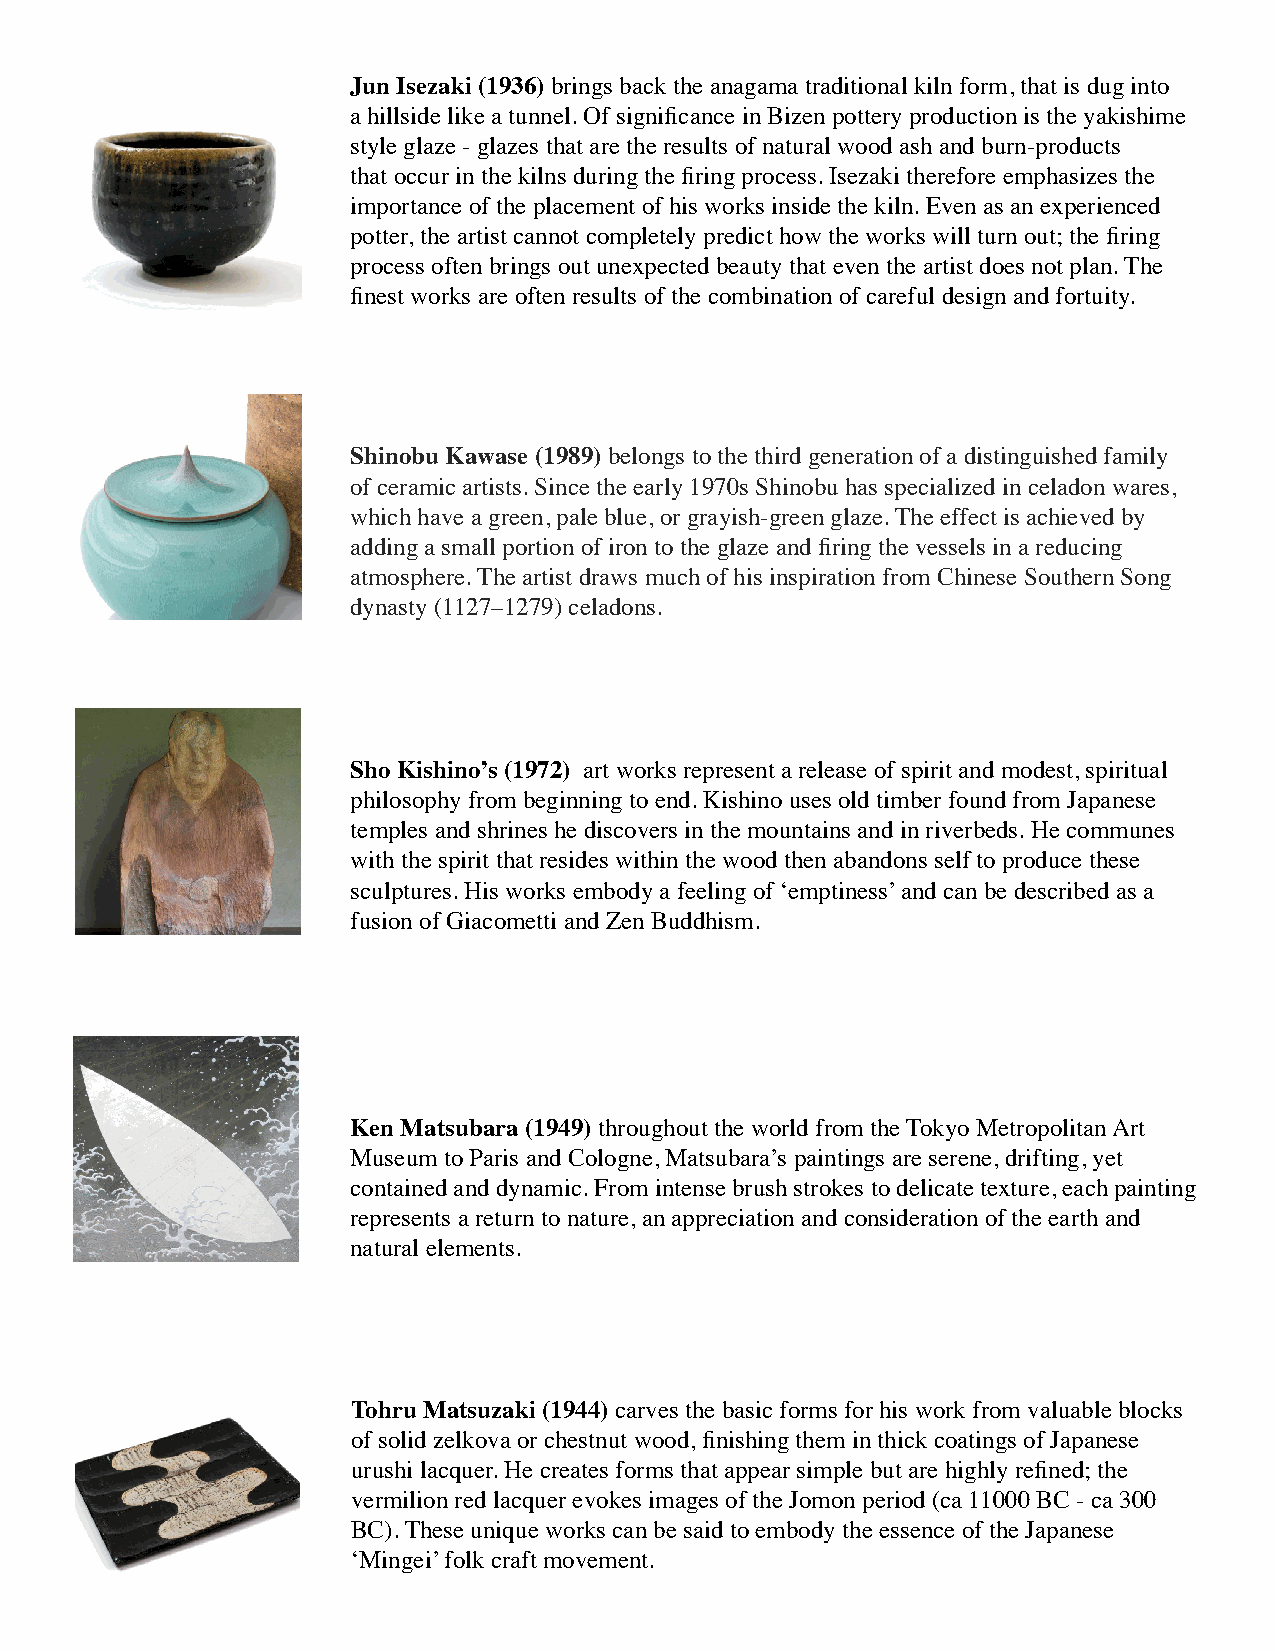
Jun Isezaki (1936) brings back the anagama traditional kiln form, that is dug into
 a hillside like a tunnel. Of significance in Bizen pottery production is the yakishime
 style glaze - glazes that are the results of natural wood ash and burn-products
 that occur in the kilns during the firing process. Isezaki therefore emphasizes the
 importance of the placement of his works inside the kiln. Even as an experienced
 potter, the artist cannot completely predict how the works will turn out; the firing
 process often brings out unexpected beauty that even the artist does not plan. The
 finest works are often results of the combination of careful design and fortuity.
 Shinobu Kawase (1989) belongs to the third generation of a distinguished family
 of ceramic artists. Since the early 1970s Shinobu has specialized in celadon wares,
 which have a green, pale blue, or grayish-green glaze. The effect is achieved by
 adding a small portion of iron to the glaze and firing the vessels in a reducing
 atmosphere. The artist draws much of his inspiration from Chinese Southern Song
 dynasty (1127–1279) celadons.
 Sho Kishino’s (1972) art works represent a release of spirit and modest, spiritual
 philosophy from beginning to end. Kishino uses old timber found from Japanese
 temples and shrines he discovers in the mountains and in riverbeds. He communes
 with the spirit that resides within the wood then abandons self to produce these
 sculptures. His works embody a feeling of ‘emptiness’ and can be described as a
 fusion of Giacometti and Zen Buddhism.
 Ken Matsubara (1949) throughout the world from the Tokyo Metropolitan Art
 Museum to Paris and Cologne, Matsubara’s paintings are serene, drifting, yet
 contained and dynamic. From intense brush strokes to delicate texture, each painting
 represents a return to nature, an appreciation and consideration of the earth and
 natural elements.
 Tohru Matsuzaki (1944) carves the basic forms for his work from valuable blocks
 of solid zelkova or chestnut wood, finishing them in thick coatings of Japanese
 urushi lacquer. He creates forms that appear simple but are highly refined; the
 vermilion red lacquer evokes images of the Jomon period (ca 11000 BC - ca 300
 BC). These unique works can be said to embody the essence of the Japanese
 ‘Mingei’ folk craft movement.